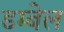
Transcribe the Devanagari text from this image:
डम्बेल